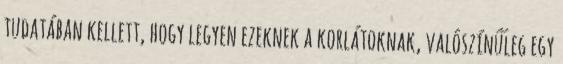
tudatában kellett, hogy legyen ezeknek a korlátoknak, valószínűleg egy